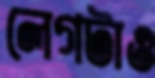
লেগটাও